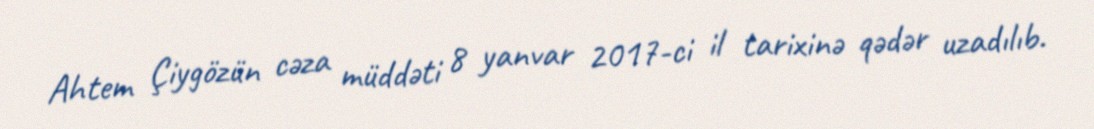
Ahtem Çiygözün cəza müddəti 8 yanvar 2017-ci il tarixinə qədər uzadılıb.